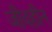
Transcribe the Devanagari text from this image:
जीवहीन